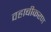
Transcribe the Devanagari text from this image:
वहाबीकरण